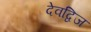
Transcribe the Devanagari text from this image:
देवद्विज